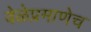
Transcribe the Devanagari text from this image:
वेळेप्रमाणेच